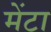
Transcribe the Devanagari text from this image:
मेंटा